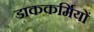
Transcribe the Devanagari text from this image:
डाककर्मियों